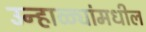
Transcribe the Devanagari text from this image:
उन्हाळ्यांमधील